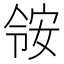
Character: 𫣃